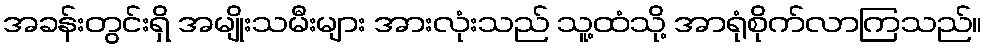
အခန်းတွင်းရှိ အမျိုးသမီးများ အားလုံးသည် သူ့ထံသို့ အာရုံစိုက်လာကြသည်။